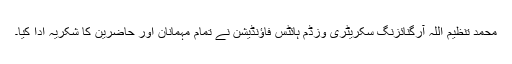
محمد تنظیم اللہ آرگنائزنگ سکریٹری وزڈم ہائٹس فاؤنڈیشن نے تمام مہمانان اور حاضرین کا شکریہ ادا کیا۔